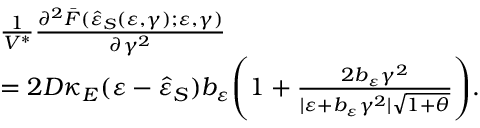
\begin{array} { r l } & { \frac { 1 } { V ^ { \ast } } \frac { \partial ^ { 2 } \bar { F } ( \hat { \varepsilon } _ { S } ( \varepsilon , \gamma ) ; \varepsilon , \gamma ) } { \partial \gamma ^ { 2 } } } \\ & { = 2 D \kappa _ { E } ( \varepsilon - \hat { \varepsilon } _ { S } ) b _ { \varepsilon } \Bigg ( 1 + \frac { 2 b _ { \varepsilon } \gamma ^ { 2 } } { \vert \varepsilon + b _ { \varepsilon } \gamma ^ { 2 } \vert \sqrt { 1 + \theta } } \Bigg ) . } \end{array}